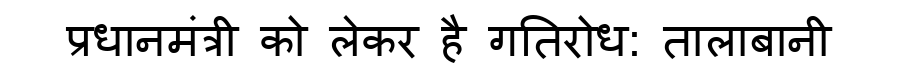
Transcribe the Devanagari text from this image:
प्रधानमंत्री को लेकर है गतिरोध: तालाबानी